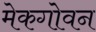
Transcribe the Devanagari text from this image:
मेकगोवन